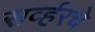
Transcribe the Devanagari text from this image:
सर्व्हरचे